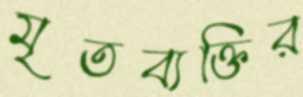
মৃতব্যক্তির